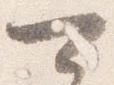
可